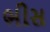
ભીસ